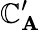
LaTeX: \mathbb{C}_{\mathbf{{A}}}^{\prime}